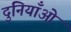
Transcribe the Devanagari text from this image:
दुनियाँओं